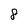
Character: 8